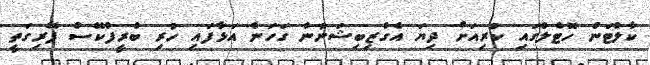
ކާލްޓަން ހޮޓެލްގައި ކުރިއަށް ދިޔަ އެގްޒިބިޝަނުން ގަހަނާ އަޅާފައި ހުރި ބްރީފްކޭސް ފޭރިގަތީ